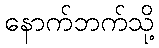
နောက်ဘက်သို့